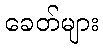
ခေတ်များ